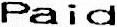
PAID